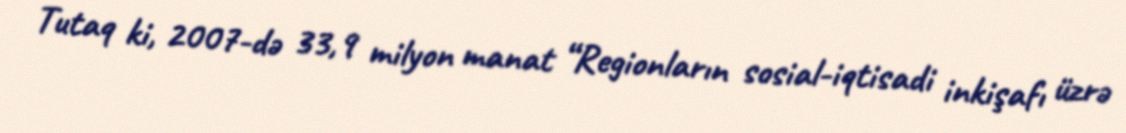
Tutaq ki, 2007-də 33,9 milyon manat “Regionların sosial-iqtisadi inkişafı üzrə